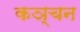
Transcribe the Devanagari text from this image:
कञ्चन